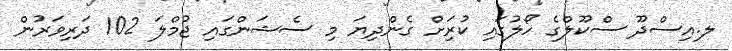
ލ.އިސްދޫ ސްކޫލްގެ ހޯލުގައި ކުރިަށް ގެންދިޔަ މި ސެޝަންގައި ޖުމްލަ 102 ދަރިވަރުން